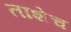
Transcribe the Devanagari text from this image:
ताशेच